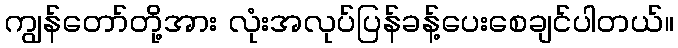
ကျွန်တော်တို့အား လုံးအလုပ်ပြန်ခန့်ပေးစေချင်ပါတယ်။